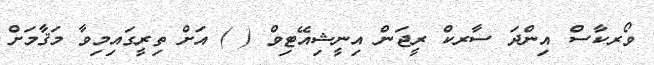
ވޯރކާސް އިންދަ ސާރކް ރީޖަން އިނީޝިއޭޓިވް ( ) އަށް ތިރީގައިމިވާ މަޤާމަށް